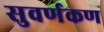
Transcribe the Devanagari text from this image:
सुवर्णकण